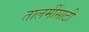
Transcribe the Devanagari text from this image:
तालमींसाठी